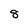
Character: 8